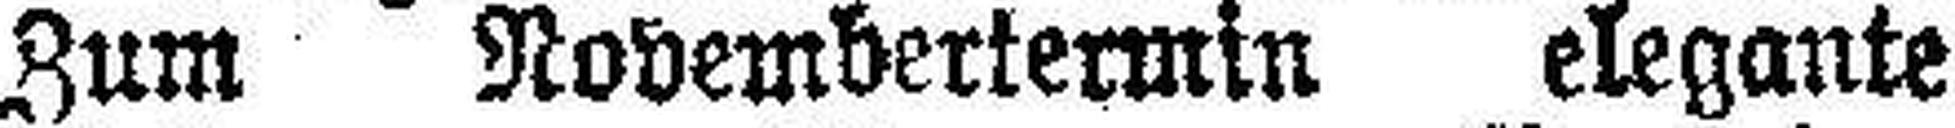
Zum Novembertermin elegante